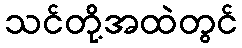
သင်တို့အထဲတွင်